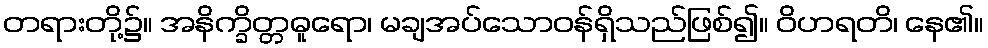
တရားတို့၌။ အနိက္ခိတ္တဓူရော၊ မချအပ်သောဝန်ရှိသည်ဖြစ်၍။ ဝိဟရတိ၊ နေ၏။